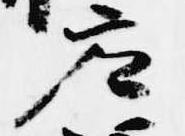
座